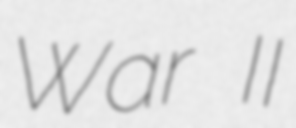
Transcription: War II